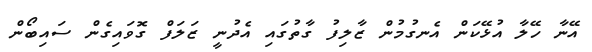
އޭނާ ހޭލާ އުޅޭކަން އެނގުމުން ޒާލިފު ގާތުގައި އެދުނީ ޒަލަފް ގޮވައިގެން ސައިބޯން